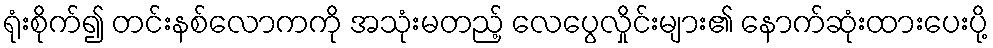
ရုံးစိုက်၍ တင်းနစ်လောကကို အသုံးမတည့် လေပွေလှိုင်းများ၏ နောက်ဆုံးထားပေးပို့